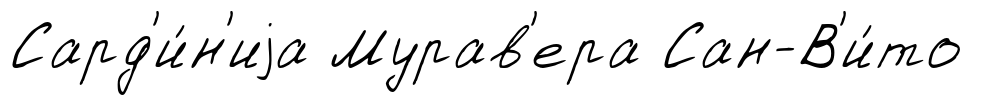
Сард'и́н'иjа Мурав'ера Сан-В'и́то